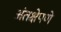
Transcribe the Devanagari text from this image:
अंतक्षेपणे